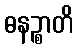
ဓနဉ္စာတိ